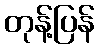
တုန့်ပြန်